Bulletin of the Pasteur Institute of Southern India, Coonoor - No. 3.
Year: 1910
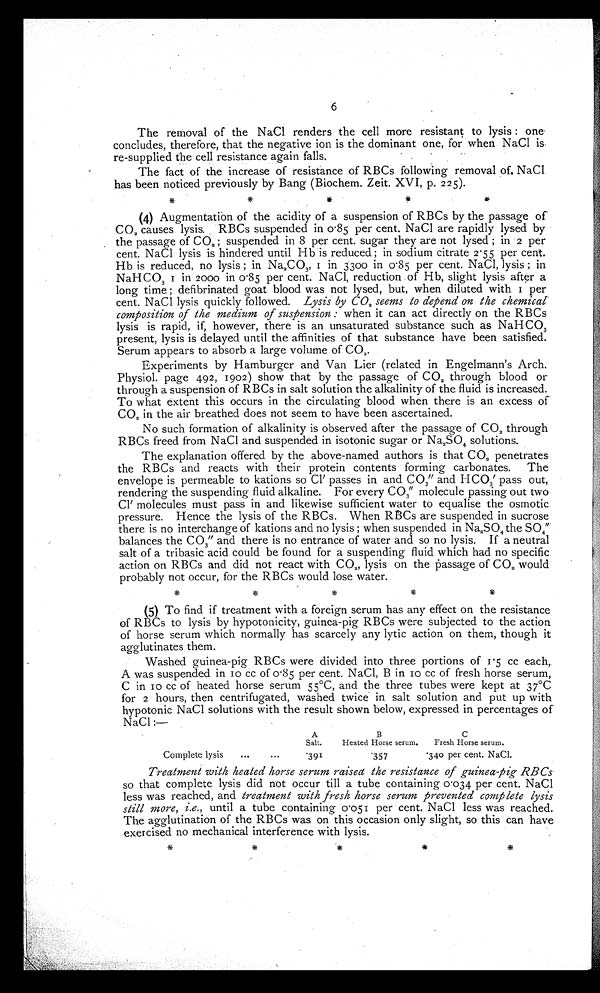
6
The removal of the NaCl renders the cell more resistant to lysis: one
concludes, therefore, that the negative ion is the dominant one, for when NaCl is
re-supplied the cell resistance again falls.
The fact of the increase of resistance of RBCs following removal of. NaCl
has been noticed previously by Bang (Biochem. Zeit. XVI, p. 225).
(4) Augmentation of the acidity of a suspension of RBCs by the passage of
CO 2 causes lysis. RBCs suspended in 0·85 per cent. NaCl are rapidly lysed by
the passage of CO2; suspended in 8 per cent. sugar they are not lysed; in 2 per
cent. NaCl lysis is hindered until Hb is reduced; in sodium citrate 2 . 55 per cent.
Hb is reduced, no lysis; in Na2CO 3, 1 i n 3 3 0 0 i n 0 · 8 5 p e r c e n t . N a C l , l y s i s ; i n
NaHCO3 I in 2000 in 0·85 per cent. NaCl, reduction of Hb, slight lysis after a
long time; defibrinated goat blood was not lysed, but, when diluted with 1 per
cent. NaCl lysis quickly followed. Lysis by CO2 seems to depend on the chemical
composition of the medium of suspension: w h e n i t c a n a c t d i r e c t l y o n t h e R B C s
lysis is rapid, if, however, there is an unsaturated substance such as NaH CO 3
present, lysis is delayed until the affinities of that substance have been satisfied.
Serum appears to absorb a large volume of CO 2.
Experiments by Hamburger and Van Lier (related in Engelmann's Arch.
Physiol. page 492, 1902) show that by the passage of CO 2 through blood or
through a suspension of RBCs in salt solution the alkalinity of the fluid is increased.
To what extent this occurs in the circulating blood when there is an excess of
CO2 in the air breathed does not seem to have been ascertained.
No such formation of alkalinity is observed after the passage of CO 2 through
RBCs freed from NaCl and suspended in isotonic sugar or Na 2SO4 solutions.
The explanation offered by the above-named authors is that CO 2 penetrates
the RBCs and reacts with their protein contents forming carbonates. The
envelope is permeable to kations so Cl′ passes in and CO 3″ and HCO3′ pass out,
rendering the suspending fluid alkaline. For every CO 3″ molecule passing out two
Cl′ molecules must pass in and likewise sufficient water to equalise the osmotic
pressure. Hence the lysis of the RBCs. When RBCs are suspended in sucrose
there is no interchange of kations and no lysis; when suspended in Na 2SO4 the SO4 ″
balances the CO3″ and there is no entrance of water and so no lysis. If a neutral
salt of a tribasic acid could be found for a suspending fluid which had no specific.
action on RBCs and did not react with CO 2, lysis on the passage of CO 2 would
probably not occur, for the RBCs would lose water.
(5) To find if treatment with a foreign serum has any effect on the resistance
of RBCs to lysis by hypotonicity, guinea-pig RBCs were subjected to the action
of horse serum which normally has scarcely any lytic action on them, though it
agglutinates them.
Washed guinea-pig RBCs were divided into three portions of 1. 5 cc each,.
A was suspended in 10 cc of 0.85 per cent. NaCl, B in 10 cc of fresh horse serum,
C in 10 cc of heated horse serum 55°C, and the three tubes were kept at 37°C
for 2 hours, then centrifugated, washed twice in salt solution and put up with
hypotonic NaCl solutions with the result shown below, expressed in percentages of
NaCl:—
A
B
C
Salt.
Heated Horse serum.
Fresh Horse serum.
Complete lysis ... ... · 3 9 1
· 3 5 7
· 3 4 0 p e r c e n t . N a C l .
Treatment with heated horse serum raised the resistance of guinea-pig RB Cs
so that complete lysis did not occur till a tube containing 0.034 per cent. NaCl
less was reached, and treatment with fresh horse serum prevented complete lysis
still more, i.e., until a tube containing 0.051 per cent. NaCl less was reached.
The agglutination of the RBCs was on this occasion only slight, so this can have
exercised no mechanical interference with lysis.